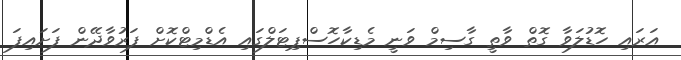
އަރައި ހޮޑުލަވާ ގޮތް ވާތީ ގާސިމް ވަނީ މެޑިކާހޮސްޕިޓަލްގައި އެޑްމިޓްކޮށް ފަރުވާދޭން ފަށައިފަ